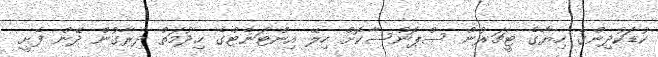
ކުޑަކުދިންގެ ހިޔާގެ ޓީޗަރުން ސްޕޮންސާކޮށް ހިލޭ އިންޓަނެޓްގެ ހިދުމަތް ދިރާގުން ދޭން ފެށީ